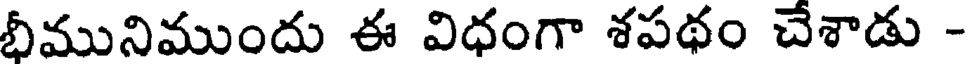
భీమునిముందు ఈ విధంగా శపథం చేశాడు -